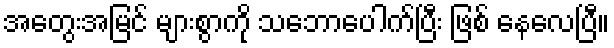
အတွေးအမြင် များစွာကို သဘောပေါက်ပြီး ဖြစ် နေလေပြီ။